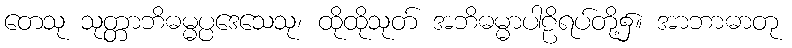
တေသု သုတ္တာဘိဓမ္မပ္ပဒေသေသု၊ ထိုထိုသုတ် အဘိဓမ္မာပါဠိရပ်တို့၌။ အာဘာဓာတု